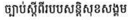
ច្បាប់ស្តីពីរបបសន្តិសុខសង្គម